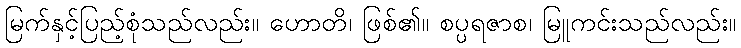
မြက်နှင့်ပြည့်စုံသည်လည်း။ ဟောတိ၊ ဖြစ်၏။ စပ္ပရဇာစ၊ မြူကင်းသည်လည်း။